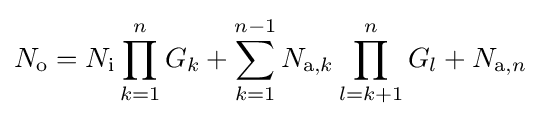
N_{\mathrm {o} }=N_{\mathrm {i} }\prod _{k=1}^{n}G_{k}+\sum _{k=1}^{n-1}N_{\mathrm {a} ,k}\prod _{l=k+1}^{n}{G_{l}}+N_{\mathrm {a} ,n}